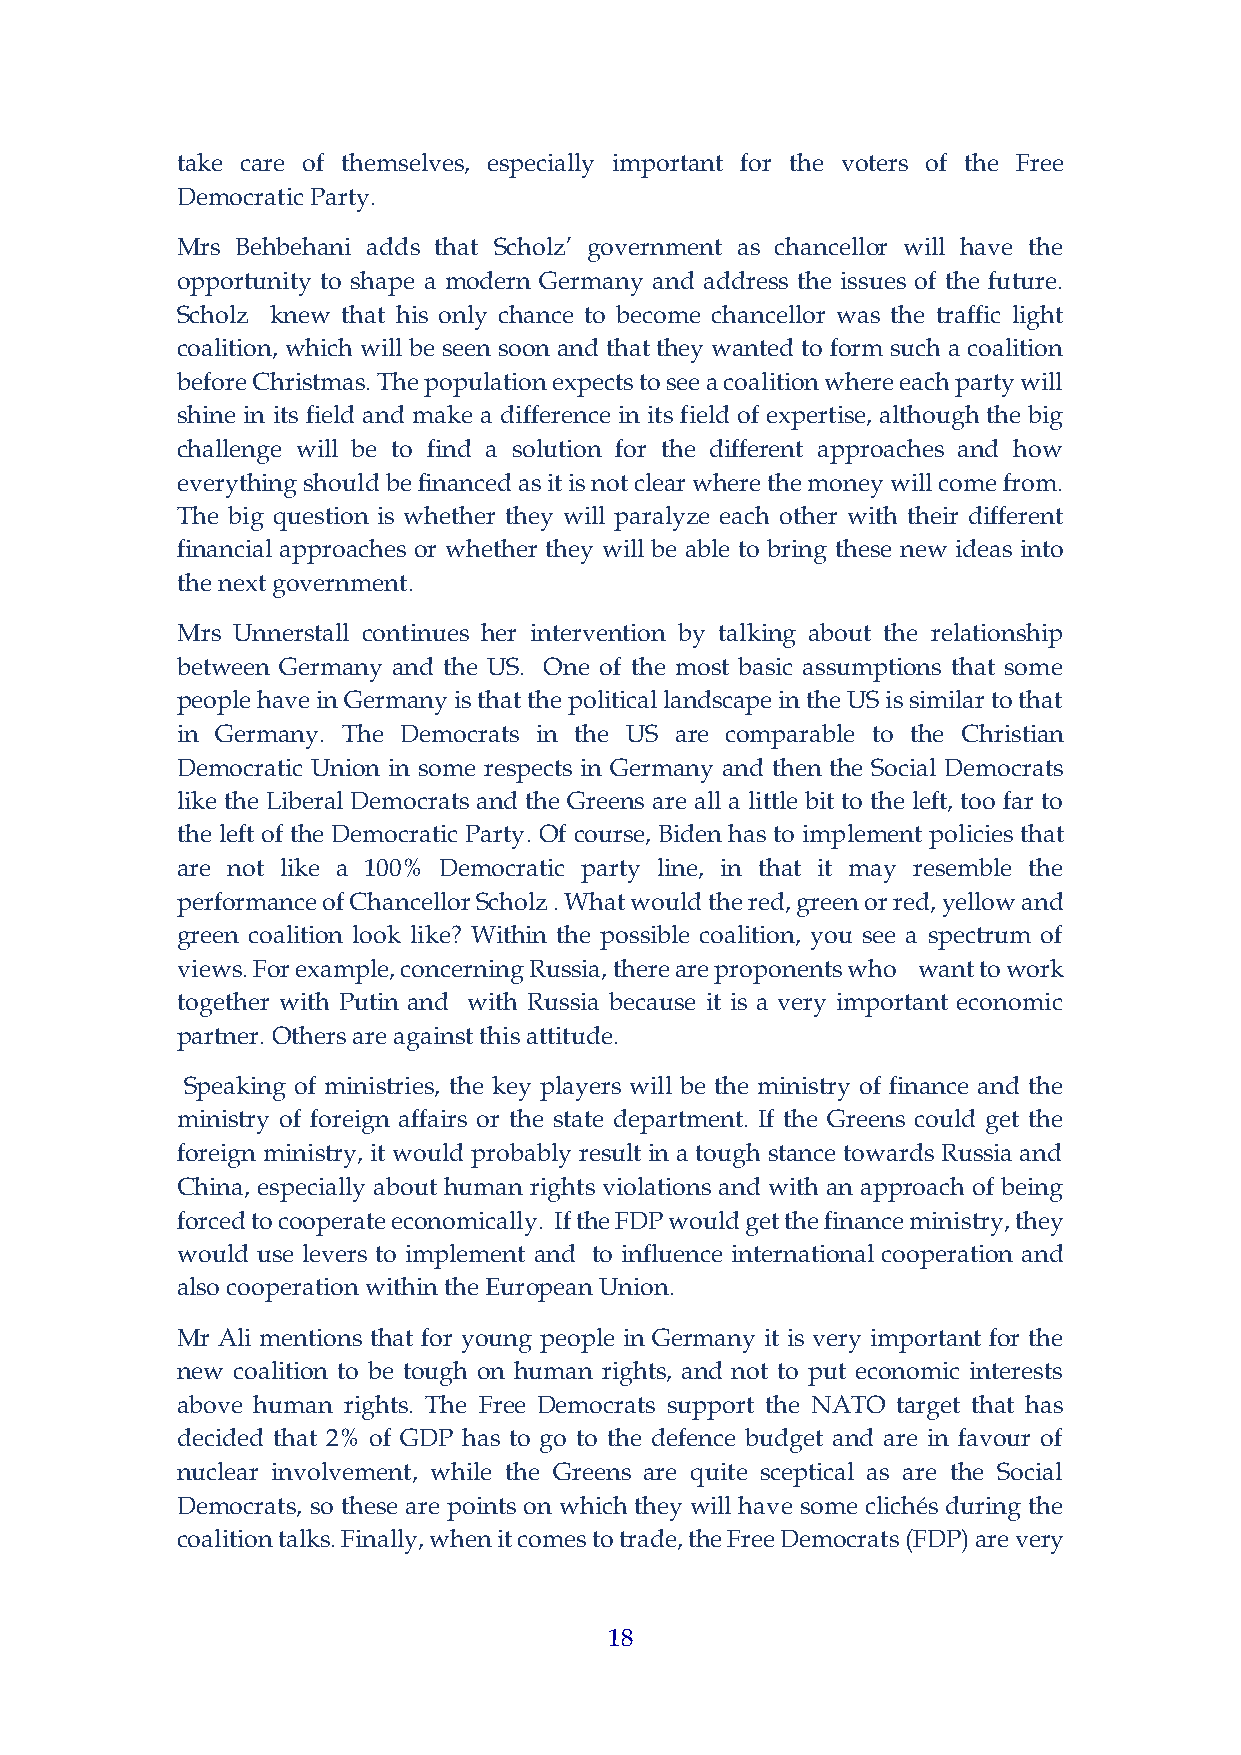
take care of themselves, especially important for the voters of the Free
 Democratic Party.
 Mrs Behbehani adds that Scholz’ government as chancellor will have the
 opportunity to shape a modern Germany and address the issues of the future.
 Scholz knew that his only chance to become chancellor was the traffic light
 coalition, which will be seen soon and that they wanted to form such a coalition
 before Christmas. The population expects to see a coalition where each party will
 shine in its field and make a difference in its field of expertise, although the big
 challenge will be to find a solution for the different approaches and how
 everything should be financed as it is not clear where the money will come from.
 The big question is whether they will paralyze each other with their different
 financial approaches or whether they will be able to bring these new ideas into
 the next government.
 Mrs Unnerstall continues her intervention by talking about the relationship
 between Germany and the US. One of the most basic assumptions that some
 people have in Germany is that the political landscape in the US is similar to that
 in Germany. The Democrats in the US are comparable to the Christian
 Democratic Union in some respects in Germany and then the Social Democrats
 like the Liberal Democrats and the Greens are all a little bit to the left, too far to
 the left of the Democratic Party. Of course, Biden has to implement policies that
 are not like a 100% Democratic party line, in that it may resemble the
 performance of Chancellor Scholz . What would the red, green or red, yellow and
 green coalition look like? Within the possible coalition, you see a spectrum of
 views. For example, concerning Russia, there are proponents who want to work
 together with Putin and with Russia because it is a very important economic
 partner. Others are against this attitude.
 Speaking of ministries, the key players will be the ministry of finance and the
 ministry of foreign affairs or the state department. If the Greens could get the
 foreign ministry, it would probably result in a tough stance towards Russia and
 China, especially about human rights violations and with an approach of being
 forced to cooperate economically. If the FDP would get the finance ministry, they
 would use levers to implement and to influence international cooperation and
 also cooperation within the European Union.
 Mr Ali mentions that for young people in Germany it is very important for the
 new coalition to be tough on human rights, and not to put economic interests
 above human rights. The Free Democrats support the NATO target that has
 decided that 2% of GDP has to go to the defence budget and are in favour of
 nuclear involvement, while the Greens are quite sceptical as are the Social
 Democrats, so these are points on which they will have some clichés during the
 coalition talks. Finally, when it comes to trade, the Free Democrats (FDP) are very
 18